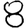
Digit: 8